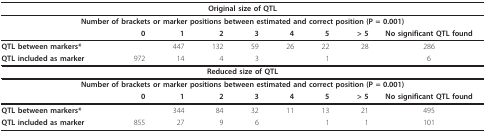
<table><thead><tr><td colspan="9"><b>Original size of QTL</b></td></tr></thead><tbody><tr><td colspan="9"><b>Number of brackets or marker positions between estimated and correct position (P = 0.001)</b></td></tr><tr><td></td><td><b>0</b></td><td><b>1</b></td><td><b>2</b></td><td><b>3</b></td><td><b>4</b></td><td><b>5</b></td><td><b>&gt; 5</b></td><td><b>No significant QTL found</b></td></tr><tr><td><b>QTL between markers*</b></td><td></td><td>447</td><td>132</td><td>59</td><td>26</td><td>22</td><td>28</td><td>286</td></tr><tr><td><b>QTL included as marker</b></td><td>972</td><td>14</td><td>4</td><td>3</td><td></td><td>1</td><td></td><td>6</td></tr><tr><td colspan="9"><b>Reduced size of QTL</b></td></tr><tr><td colspan="9"><b>Number of brackets or marker positions between estimated and correct position (P = 0.001)</b></td></tr><tr><td></td><td><b>0</b></td><td><b>1</b></td><td><b>2</b></td><td><b>3</b></td><td><b>4</b></td><td><b>5</b></td><td><b>&gt; 5</b></td><td><b>No significant QTL found</b></td></tr><tr><td><b>QTL between markers*</b></td><td></td><td>344</td><td>84</td><td>32</td><td>11</td><td>13</td><td>21</td><td>495</td></tr><tr><td><b>QTL included as marker</b></td><td>855</td><td>27</td><td>9</td><td>6</td><td></td><td>1</td><td>1</td><td>101</td></tr></tbody></table>